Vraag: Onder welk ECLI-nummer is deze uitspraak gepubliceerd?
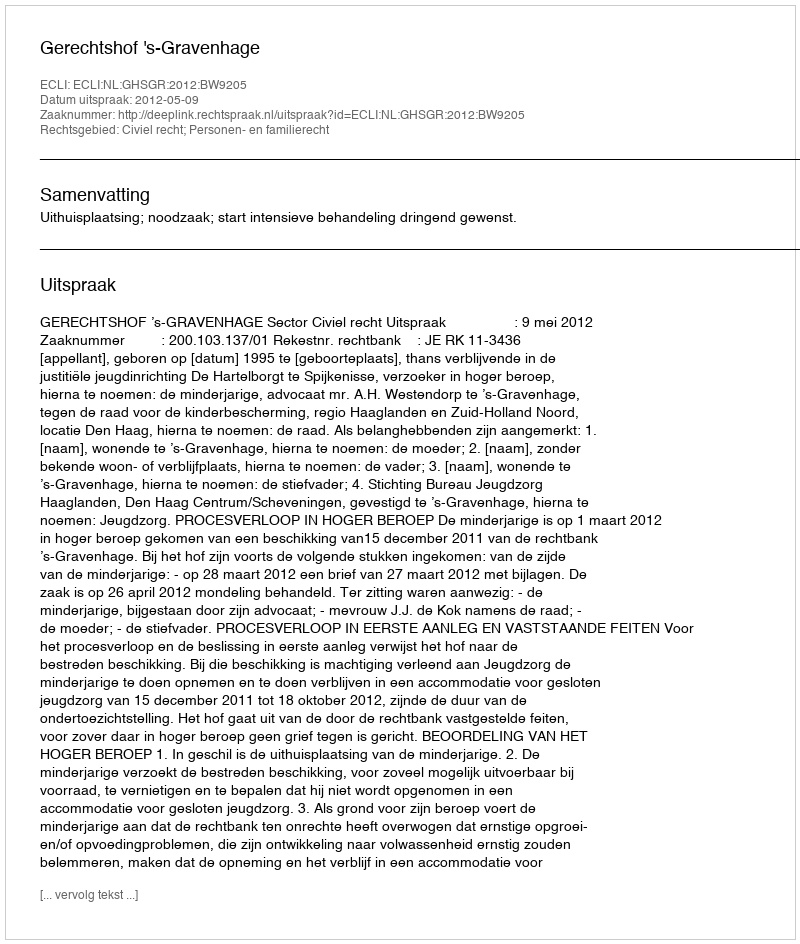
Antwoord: ECLI:NL:GHSGR:2012:BW9205